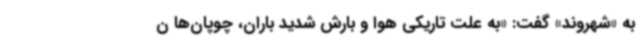
به «شهروند» گفت: «به علت تاریکی هوا و بارش شدید باران، چوپان‌ها ن